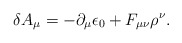
\begin{align*}\delta A_{\mu} = - {\partial_{\mu} \epsilon_{0}} + F_{\mu \nu}\rho^{\nu}. \end{align*}